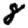
Digit: 8